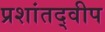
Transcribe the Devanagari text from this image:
प्रशांतद्वीप